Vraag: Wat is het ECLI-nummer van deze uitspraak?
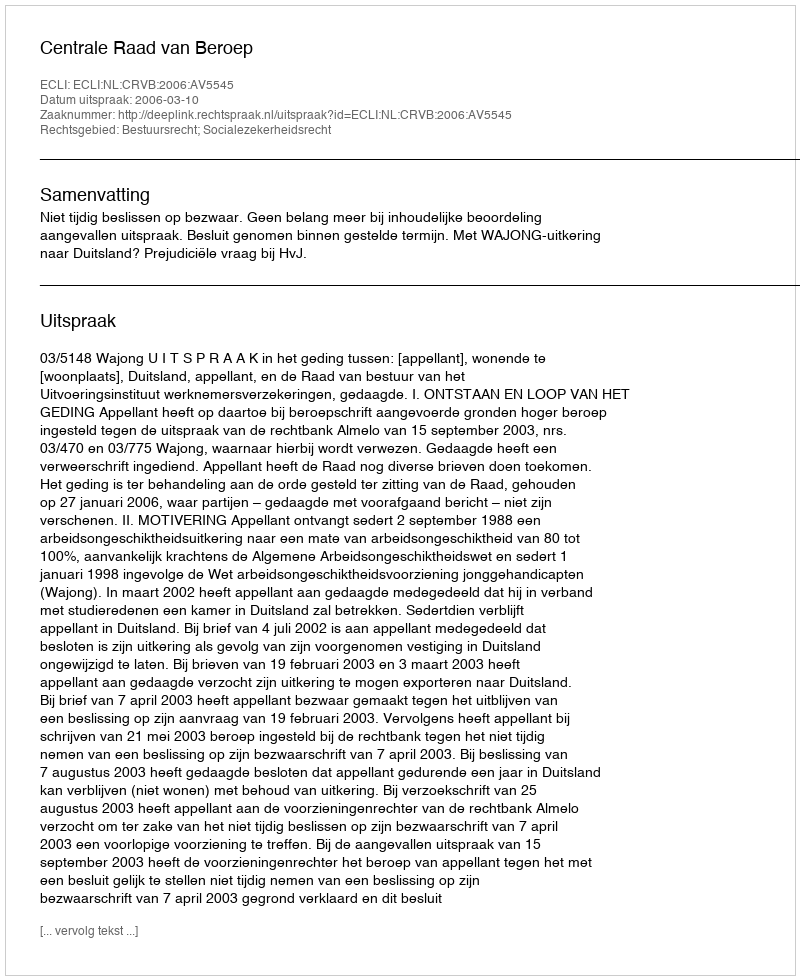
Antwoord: ECLI:NL:CRVB:2006:AV5545